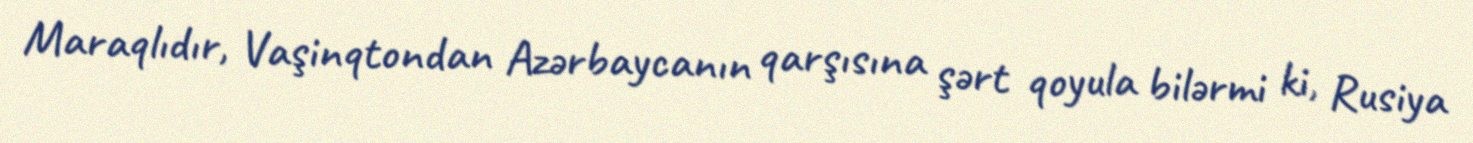
Maraqlıdır, Vaşinqtondan Azərbaycanın qarşısına şərt qoyula bilərmi ki, Rusiya